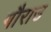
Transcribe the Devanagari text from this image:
गौराउ